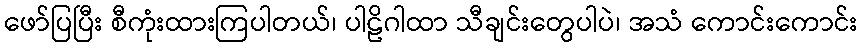
ဖော်ပြပြီး စီကုံးထားကြပါတယ်၊ ပါဠိဂါထာ သီချင်းတွေပါပဲ၊ အသံ ကောင်းကောင်း